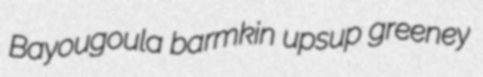
Bayougoula barmkin upsup greeney